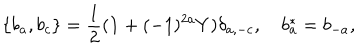
\{ b _ { a } , b _ { c } \} = \frac { 1 } { 2 } ( { \bf 1 } + ( - 1 ) ^ { 2 a } Y ) \delta _ { a , - c } , \quad b _ { a } ^ { * } = b _ { - a } ,